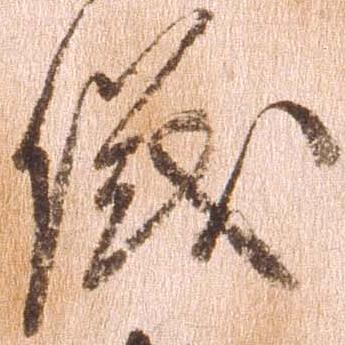
儀